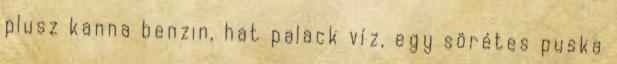
plusz kanna benzin, hat palack víz, egy sörétes puska